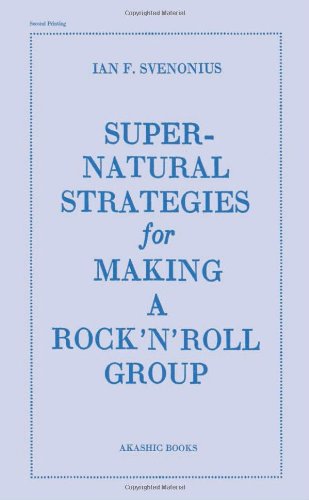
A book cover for Supernatural Strategies for Making a Rock 'n' Roll Group; Ian F. Svenonius; Literature & Fiction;